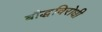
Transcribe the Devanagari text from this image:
बौद्धविरोधी